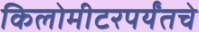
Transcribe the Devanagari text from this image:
किलोमीटरपर्यंतचे